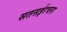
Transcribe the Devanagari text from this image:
सतसईरचना